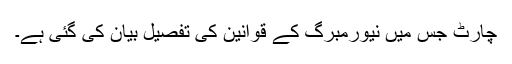
چارٹ جس میں نیورمبرگ کے قوانین کی تفصیل بیان کی گئی ہے۔